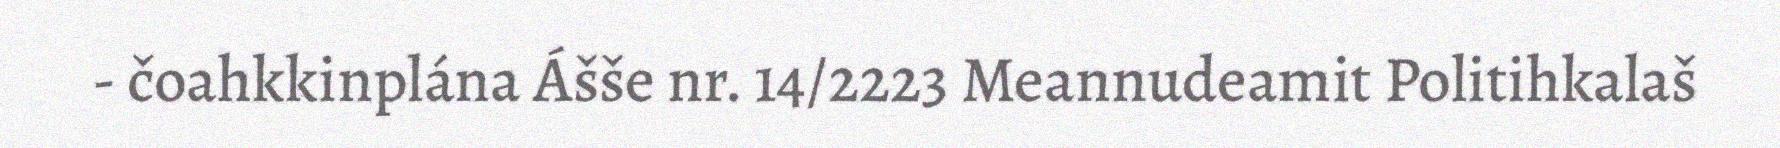
- čoahkkinplána Ášše nr. 14/2223 Meannudeamit Politihkalaš